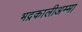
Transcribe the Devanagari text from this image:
भद्रकालीअम्मा